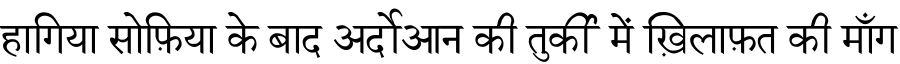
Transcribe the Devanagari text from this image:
हागिया सोफ़िया के बाद अर्दोआन की तुर्की में ख़िलाफ़त की माँग